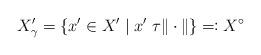
LaTeX: \begin{align*}X_{\gamma}'=\{x'\in X'\;|\;x'\;\tau \|\cdot\|\}\eqqcolon X^{\circ}\end{align*}